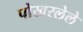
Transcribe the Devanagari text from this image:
पोखरलेले